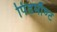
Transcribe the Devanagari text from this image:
पिंडमौण्ट